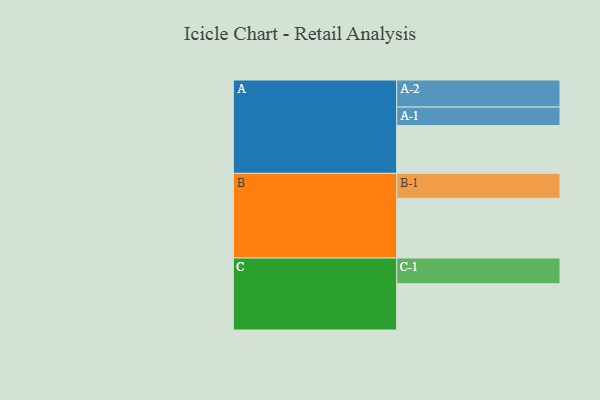
{"axis": {"x": "Segment", "y": "Value"}, "legend": ["", "A", "B", "C"], "data": [{"x": "A", "y": 369, "type": ""}, {"x": "B", "y": 461, "type": ""}, {"x": "C", "y": 357, "type": ""}, {"x": "A-1", "y": 142, "type": "A"}, {"x": "A-2", "y": 209, "type": "A"}, {"x": "B-1", "y": 192, "type": "B"}, {"x": "C-1", "y": 198, "type": "C"}]}